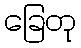
ခြေတု